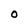
Character: O